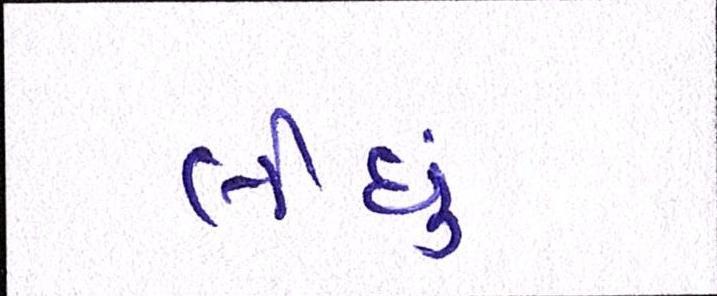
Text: લીઘું